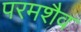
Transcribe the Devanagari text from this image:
परमशैव